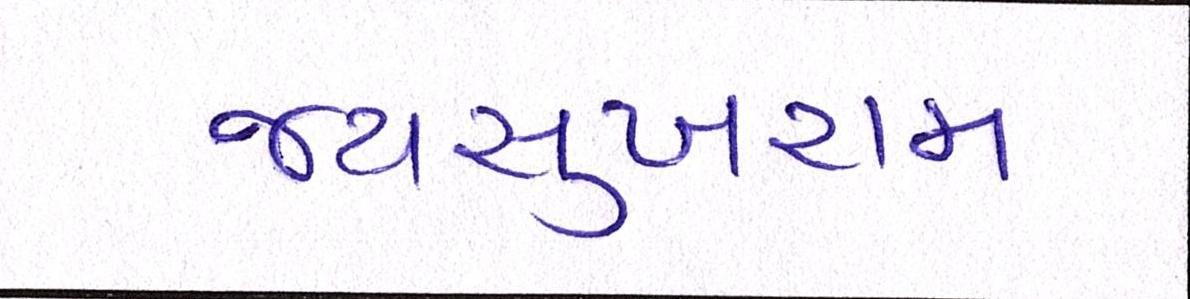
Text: જયસુખરામ